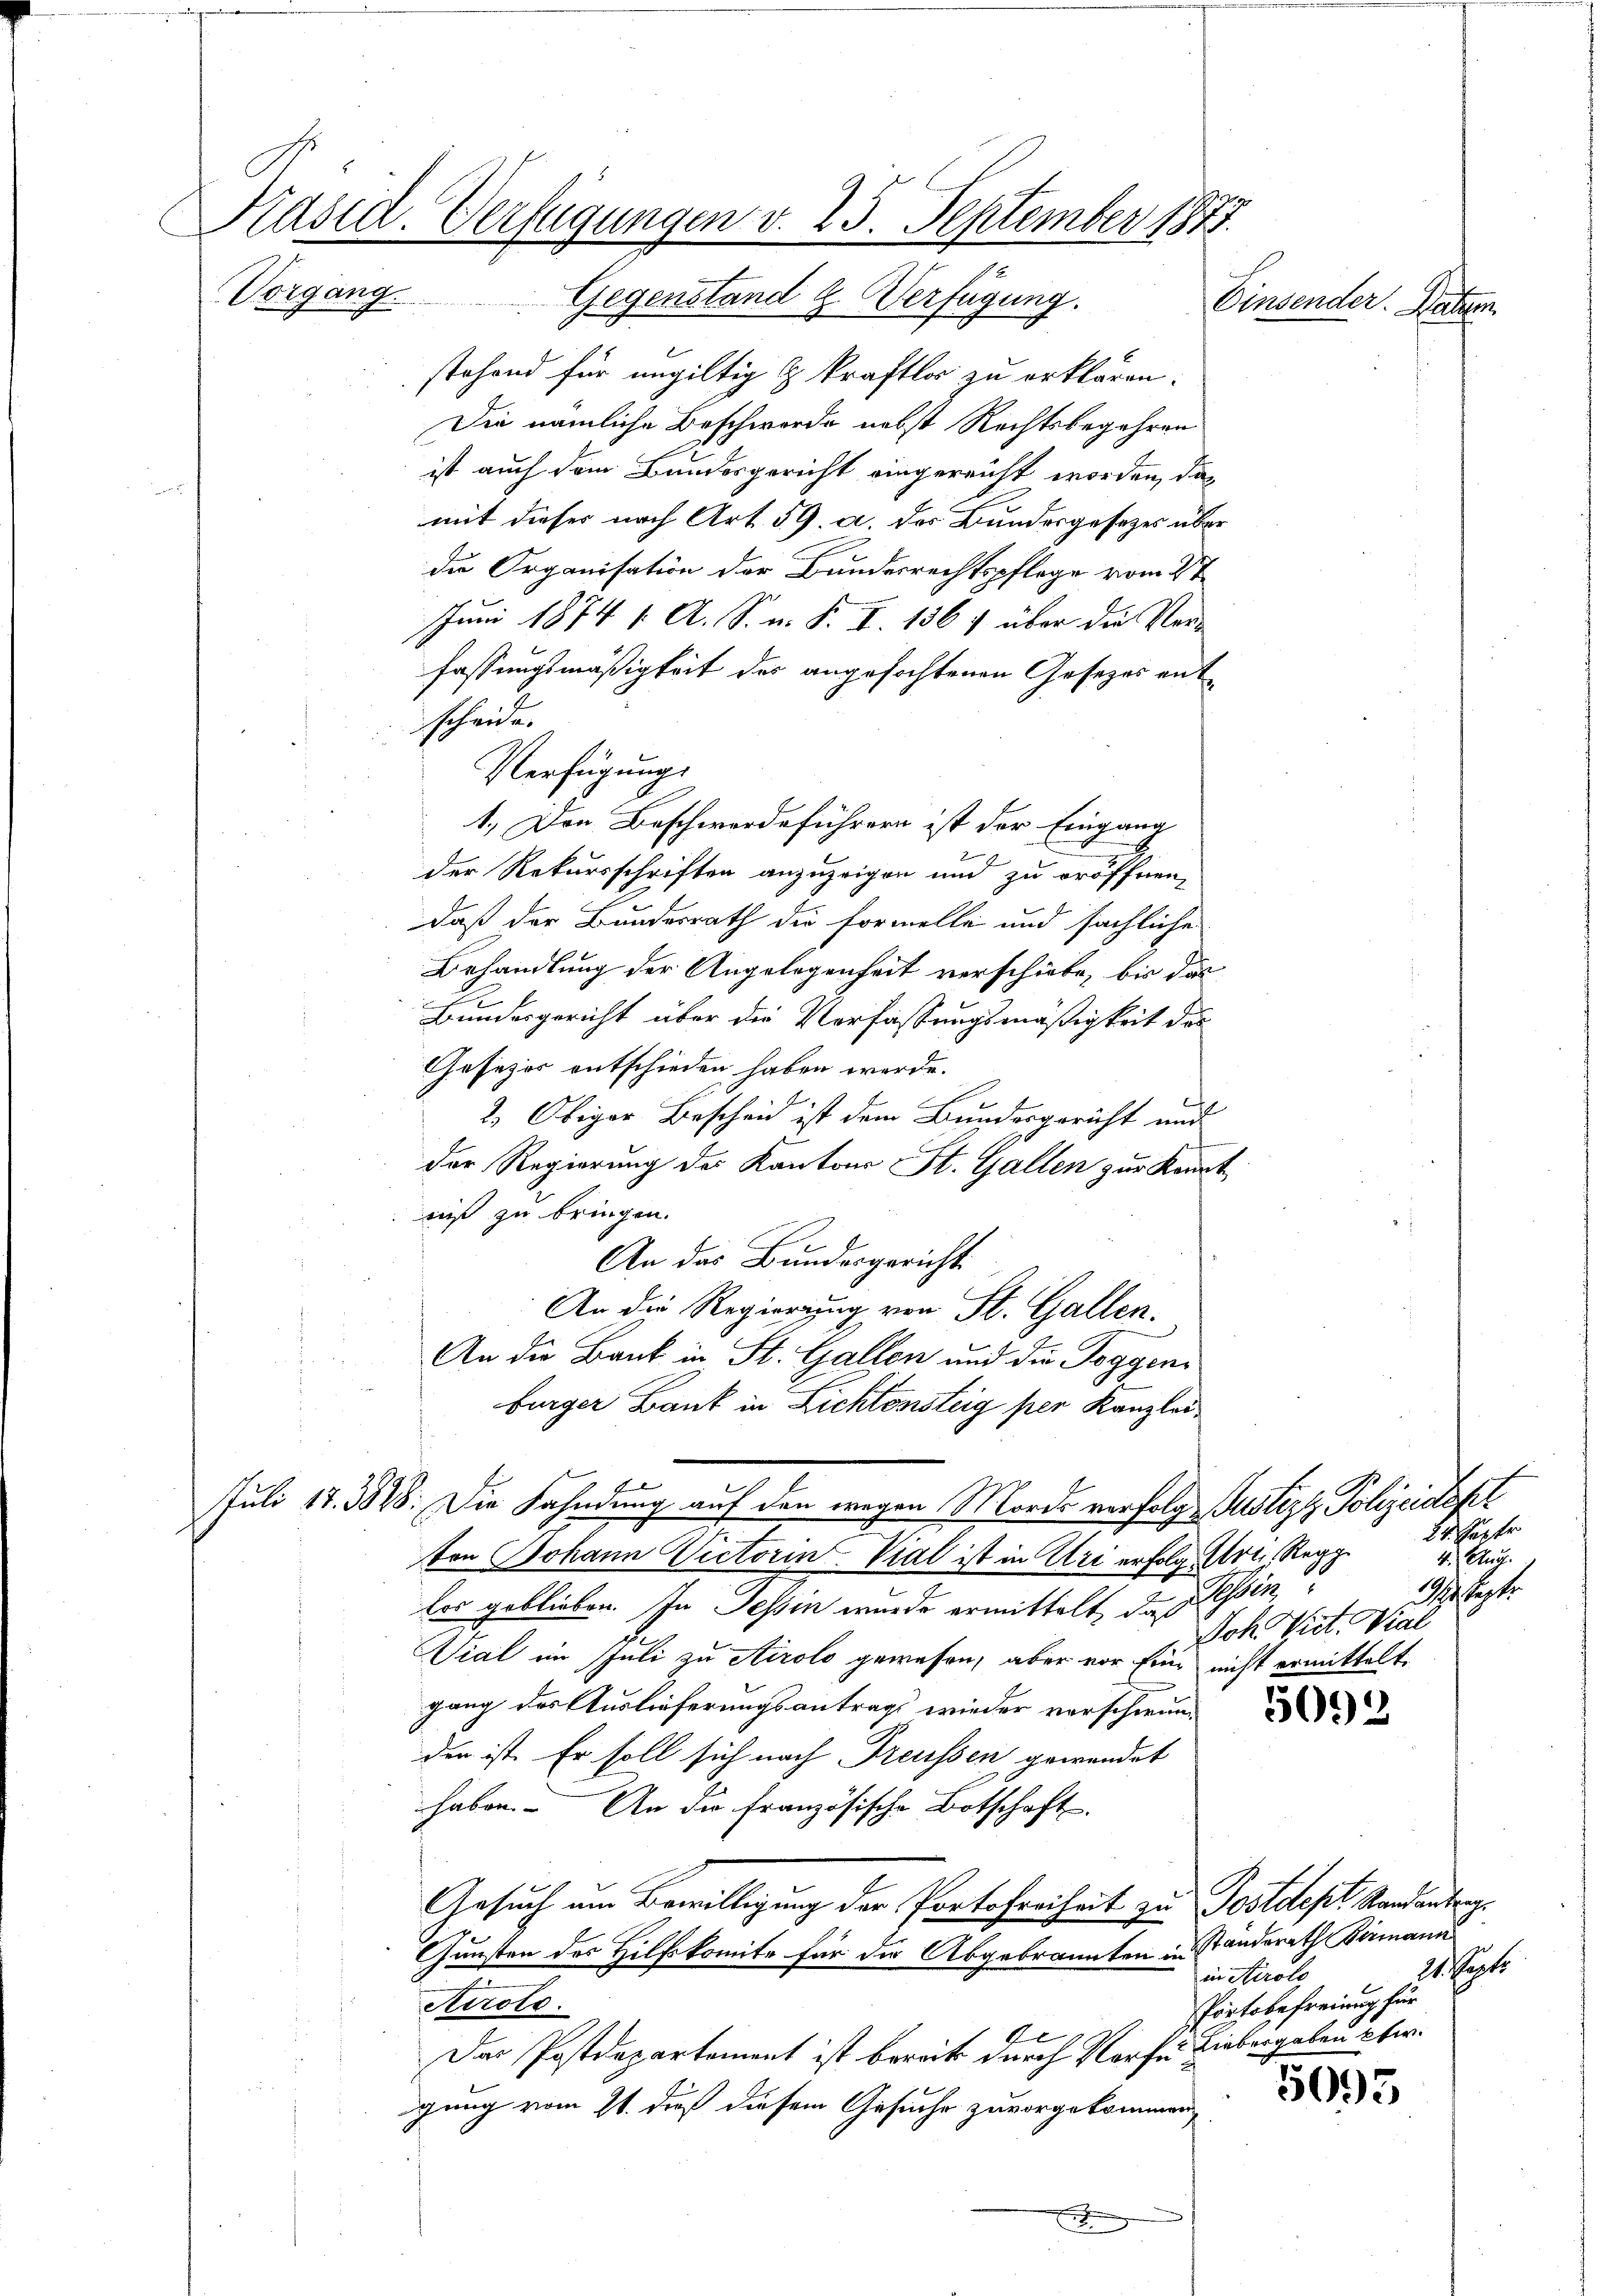
Präsid. Verfügungen v. 25. September 1877.
Vorgang. Gegenstand & Verfügung.
Einsender. Datum

stehend für ungültig & kraftlos zu erklären.
Die nämliche Beschwerde nebst Rechtsbegehren
ist auch dem Bundesgericht eingereicht worden, das
mit dieses nach Art. 59. a. des Bundesgesetzes über
die Organisation der Bundesrechtspflege vom 2t
Juni 1874 1. A. S. n. F. I. 136, über die Verfassungsmäßigkeit des angefochtenen Gesezes ent
scheide.
Verfügung
1. Den Beschwerdeführern ist der Eingang
der Rekursschriften anzuzeigen und zu eröffnen,
daß der Bundesrath die formelle und sächliche
Behandlung der Angelegenheit verschiebe, bis das
Bundesgericht über die Verfassungsmäßigkeit das
Gesezes entschieden haben werde.
2) Obiger Bescheid ist dem Bundesgericht und
der Regierung des Kantons St. Gallen zur Konnt
niß zu bringen.
An das Bundesgericht.
An die Regierung von St. Gallen.
An die Bank in St. Gallen und die Toggenburger Bank in Lichtensteig per Kanzlei
Juli 17. 328: Die Fahndung auf den wegen Mords verfolge Justizt Polizeidept
ton Johann Victorin Vial ist in Uri erfolg. Art Regg
los geblieben. In Tessin wurde ermittelt des Tessin
Vial im Juli zu Airolo gewesen, aber vor Eine nicht ermittelt,
gang des Auslieferungsantrags wieder verschwun
den ist. Er soll sich nach Treussen gewendet
haben. An die französische Botschaft.
Gesuch um Bewilligung der Portofreiheit zur Postdept. Mandanten.
Gunsten des Hilfskomite für die Abgebrannten in Standsrath Birmann
in Airolo
Airolo.
Portobefreiung für
Das Postdepartement ist bereits durch Norfe Liebergebau uber.
igung vom 21. dieß diesem Gesuche zuvorgekommen
x

24. Septe
4. Aug.
Sistigt.
Joh. Viet. Kal

21. Sept.

5093